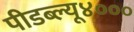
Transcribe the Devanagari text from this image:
पीडब्ल्यू४०००